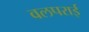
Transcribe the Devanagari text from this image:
वलपराई